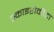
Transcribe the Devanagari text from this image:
स्काइरोकीटा